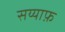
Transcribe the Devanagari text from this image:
सय्याफ़